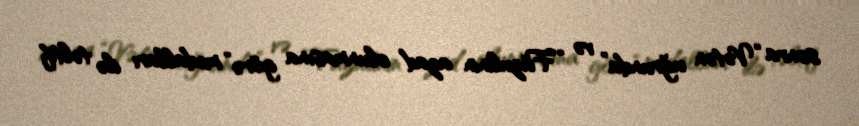
sonra “Vətən uğrunda” və “Füzulinin azad olunmasına görə” medalları ilə təltif